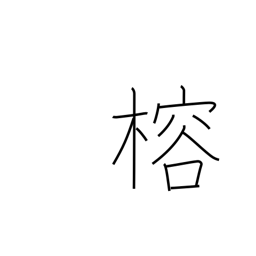
Meaning: evergreen mulberry